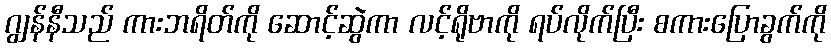
ဂျွန်နီသည် ကားဘရိတ်ကို ဆောင့်ဆွဲကာ လင့်ရိုဗာကို ရပ်လိုက်ပြီး စကားပြောခွက်ကို